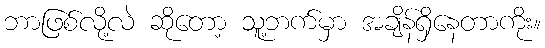
ဘာဖြစ်လို့လဲ ဆိုတော့ သူ့ဘက်မှာ အချိန်ရှိနေတာကိုး။